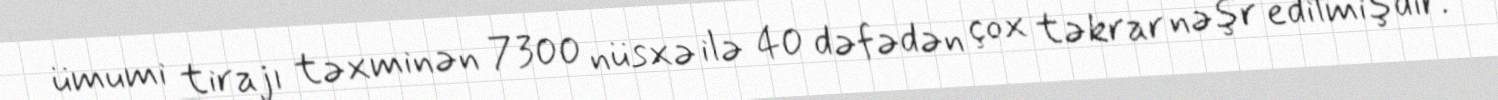
ümumi tirajı təxminən 7300 nüsxə ilə 40 dəfədən çox təkrar nəşr edilmişdir.